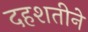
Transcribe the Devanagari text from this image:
दहशतीने